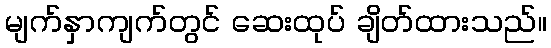
မျက်နှာကျက်တွင် ဆေးထုပ် ချိတ်ထားသည်။